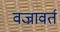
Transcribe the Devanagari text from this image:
वज्रावर्त